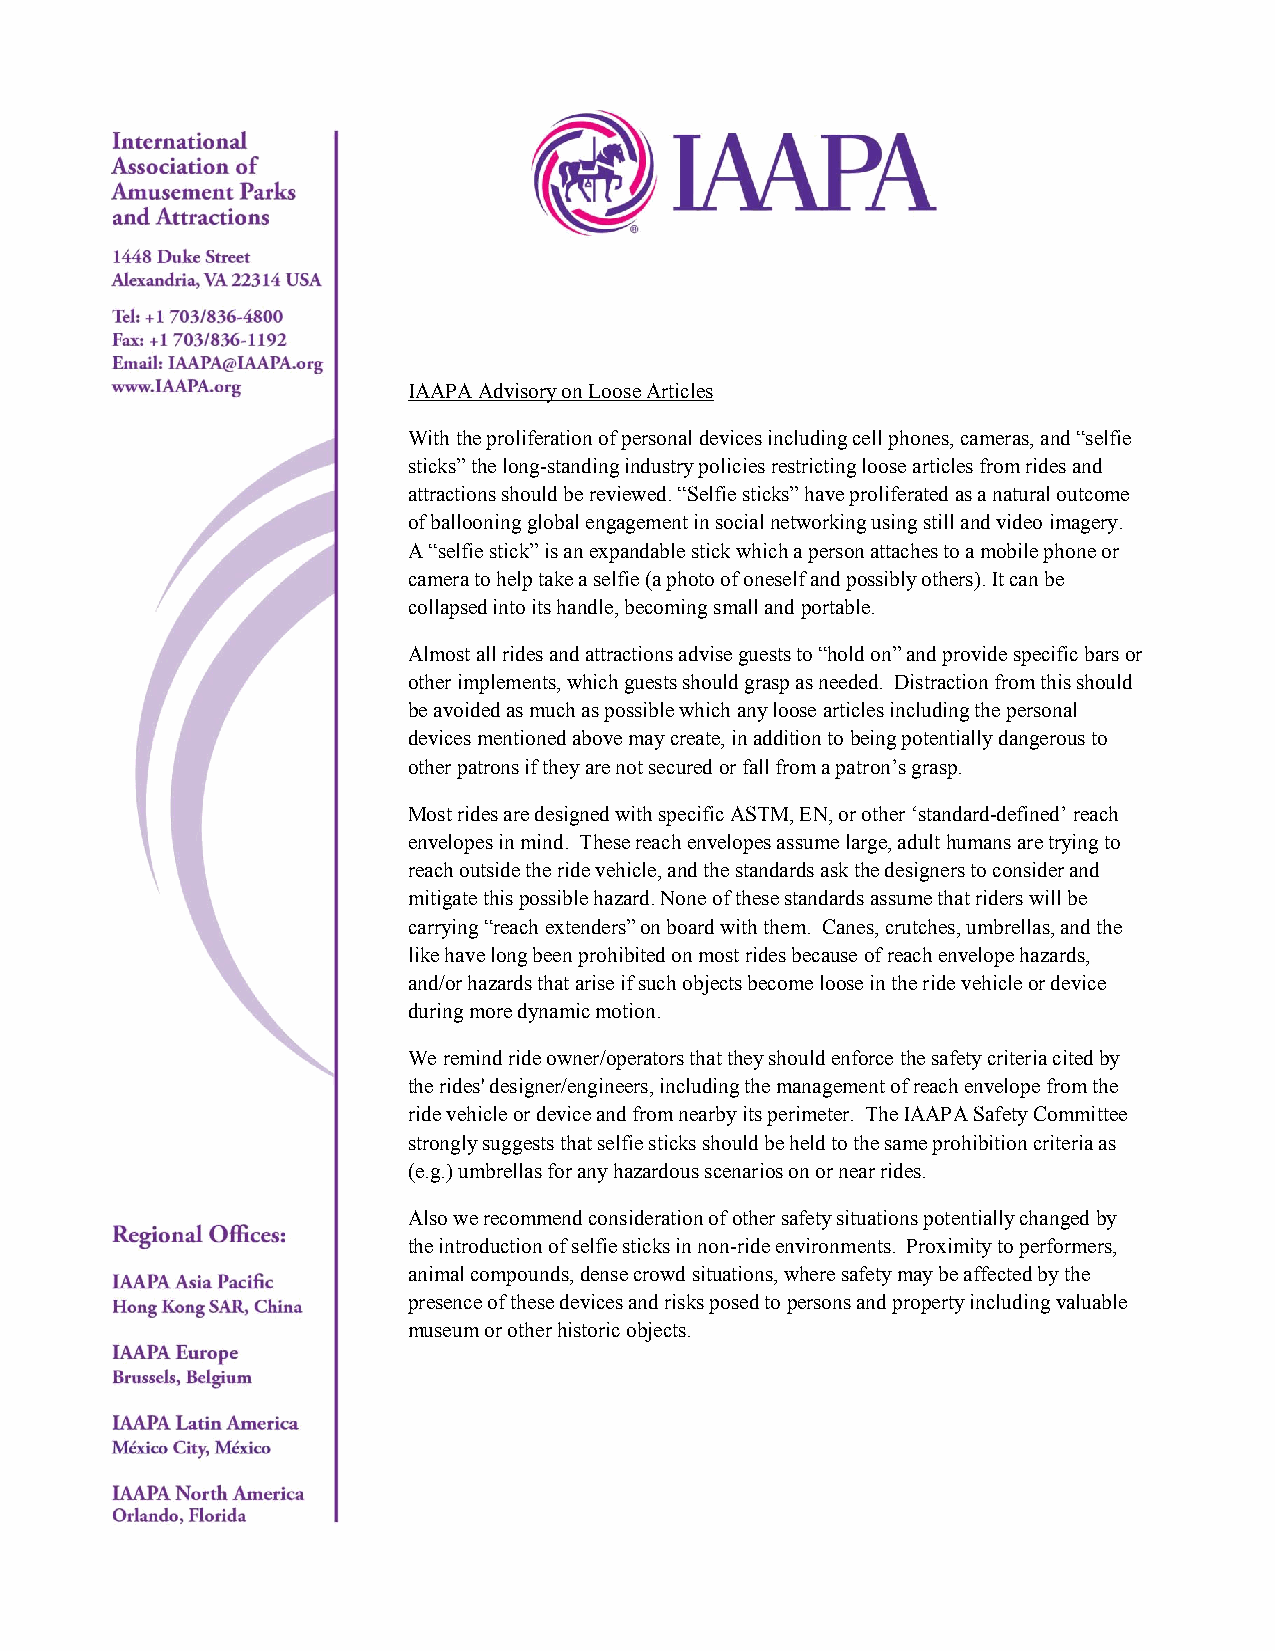
IAAPA Advisory on Loose Articles
 With the proliferation of personal devices including cell phones, cameras, and “selfie
 sticks” the long-standing industry policies restricting loose articles from rides and
 attractions should be reviewed. “Selfie sticks” have proliferated as a natural outcome
 of ballooning global engagement in social networking using still and video imagery.
 A “selfie stick” is an expandable stick which a person attaches to a mobile phone or
 camera to help take a selfie (a photo of oneself and possibly others). It can be
 collapsed into its handle, becoming small and portable.
 Almost all rides and attractions advise guests to “hold on” and provide specific bars or
 other implements, which guests should grasp as needed. Distraction from this should
 be avoided as much as possible which any loose articles including the personal
 devices mentioned above may create, in addition to being potentially dangerous to
 other patrons if they are not secured or fall from a patron’s grasp.
 Most rides are designed with specific ASTM, EN, or other ‘standard-defined’ reach
 envelopes in mind. These reach envelopes assume large, adult humans are trying to
 reach outside the ride vehicle, and the standards ask the designers to consider and
 mitigate this possible hazard. None of these standards assume that riders will be
 carrying “reach extenders” on board with them. Canes, crutches, umbrellas, and the
 like have long been prohibited on most rides because of reach envelope hazards,
 and/or hazards that arise if such objects become loose in the ride vehicle or device
 during more dynamic motion.
 We remind ride owner/operators that they should enforce the safety criteria cited by
 the rides' designer/engineers, including the management of reach envelope from the
 ride vehicle or device and from nearby its perimeter. The IAAPA Safety Committee
 strongly suggests that selfie sticks should be held to the same prohibition criteria as
 (e.g.) umbrellas for any hazardous scenarios on or near rides.
 Also we recommend consideration of other safety situations potentially changed by
 the introduction of selfie sticks in non-ride environments. Proximity to performers,
 animal compounds, dense crowd situations, where safety may be affected by the
 presence of these devices and risks posed to persons and property including valuable
 museum or other historic objects.